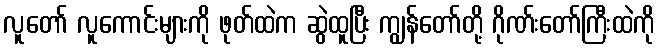
လူတော် လူကောင်းများကို ဖုတ်ထဲက ဆွဲထူပြီး ကျွန်တော်တို့ ဂိုဏ်းတော်ကြီးထဲကို